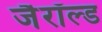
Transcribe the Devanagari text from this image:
जैरॉल्ड